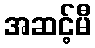
အဆင့်မီ